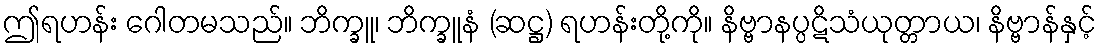
ဤရဟန်း ဂေါတမသည်။ ဘိက္ခူ၊ ဘိက္ခူနံ (ဆဋ္ဌ) ရဟန်းတို့ကို။ နိဗ္ဗာနပ္ပဋိသံယုတ္တာယ၊ နိဗ္ဗာန်နှင့်